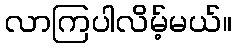
လာကြပါလိမ့်မယ်။